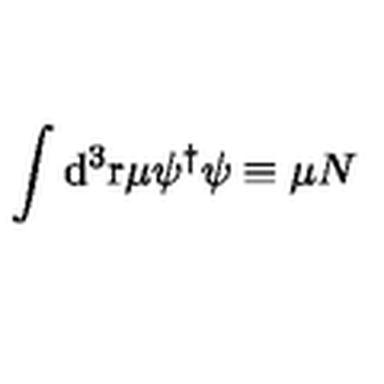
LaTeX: \int \mathrm { d } ^ { 3 } \mathrm { r } \mu \psi ^ { \dagger } \/ \psi \equiv \mu N